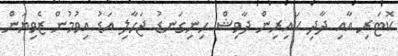
ކޮޓަރި އާއި ދާދި ކައިރިން ދާވިޝް ހިނިގަނޑު ޖަހާލި އަޑު އިވުމުން ޒެވިޔަން